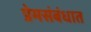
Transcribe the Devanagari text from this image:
प्रेमसंबंधात